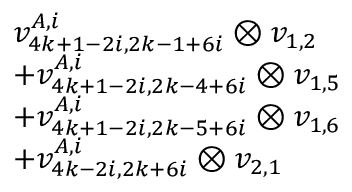
\begin{array} { r l } & { v _ { 4 k + 1 - 2 i , 2 k - 1 + 6 i } ^ { A , i } \otimes v _ { 1 , 2 } } \\ & { + v _ { 4 k + 1 - 2 i , 2 k - 4 + 6 i } ^ { A , i } \otimes v _ { 1 , 5 } } \\ & { + v _ { 4 k + 1 - 2 i , 2 k - 5 + 6 i } ^ { A , i } \otimes v _ { 1 , 6 } } \\ & { + v _ { 4 k - 2 i , 2 k + 6 i } ^ { A , i } \otimes v _ { 2 , 1 } } \end{array}